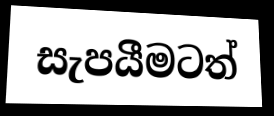
සැපයීමටත්